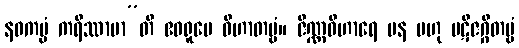
နဝကမ္မံ ကရိဿာမာ”တိ ဧဝရူပေ ဝိဟာတဗ္ဗံ။ ဇိဏ္ဏဝိဟာရေ ပန ဗဟု ပဋိဇဂ္ဂိတဗ္ဗံ